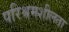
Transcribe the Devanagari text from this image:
परिश्रमशीलता